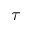
\tau